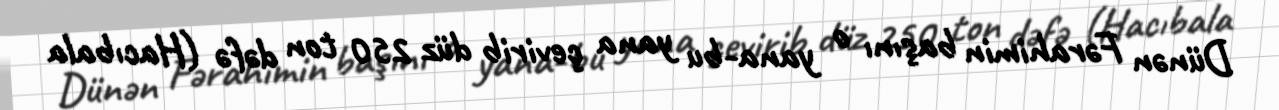
Dünən Fərahimin başını o yana-bu yana çevirib düz 250 ton dəfə (Hacıbala